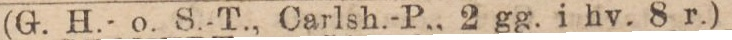
(G. H.- o. S.-T., Carlsh.-P., 2 gg. i hv. 8 r.)